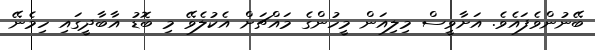
ބޭނުންވެފައެވެ. އަށާވީސް މިލިއަން މީހުންގެ މައްޗަށް އެކުލެވޭ މި ބޮޑު އާބާދީގައި ހިމެނޭ